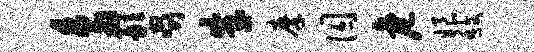
鸟敢啜朱摩囚危娘馥